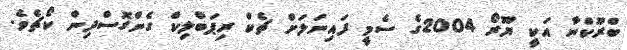
ބްރޫކްނާ އަކީ ޔޫރޯ 2004ގެ ސެމީ ފައިނަލަށް ޗެކް ރިޕަބްލިކް ގެންގޮސްދިން ކޯޗެވެ.